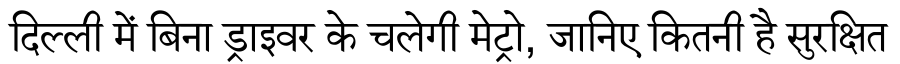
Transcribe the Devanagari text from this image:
दिल्ली में बिना ड्राइवर के चलेगी मेट्रो, जानिए कितनी है सुरक्षित